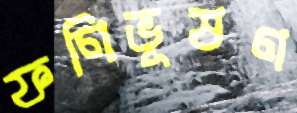
ফণিভূষণ